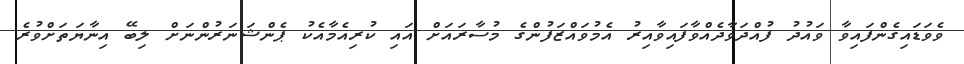
ވެވަޑައިގެންފައިވާ ވައުދު ފުއްދަވާދެއްވާފައިވާއިރު އެމުވައްޒަފުންގެ މުސާރައަށް އައި ކުރިއެމާއެކު ޕެންޝަނަރުންނަށް ލިބޭ އިނާޔަތަށްވުރެ